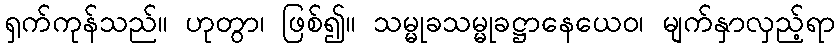
ရှက်ကုန်သည်။ ဟုတွာ၊ ဖြစ်၍။ သမ္မုခသမ္မုခဋ္ဌာနေယေဝ၊ မျက်နှာလှည့်ရာ